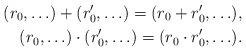
LaTeX: \begin{align*}(r_0,\ldots) + (r_0',\ldots) = (r_0+r_0', \ldots), \\(r_0,\ldots) \cdot (r_0',\ldots) = (r_0 \cdot r_0', \ldots).\end{align*}